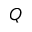
Q